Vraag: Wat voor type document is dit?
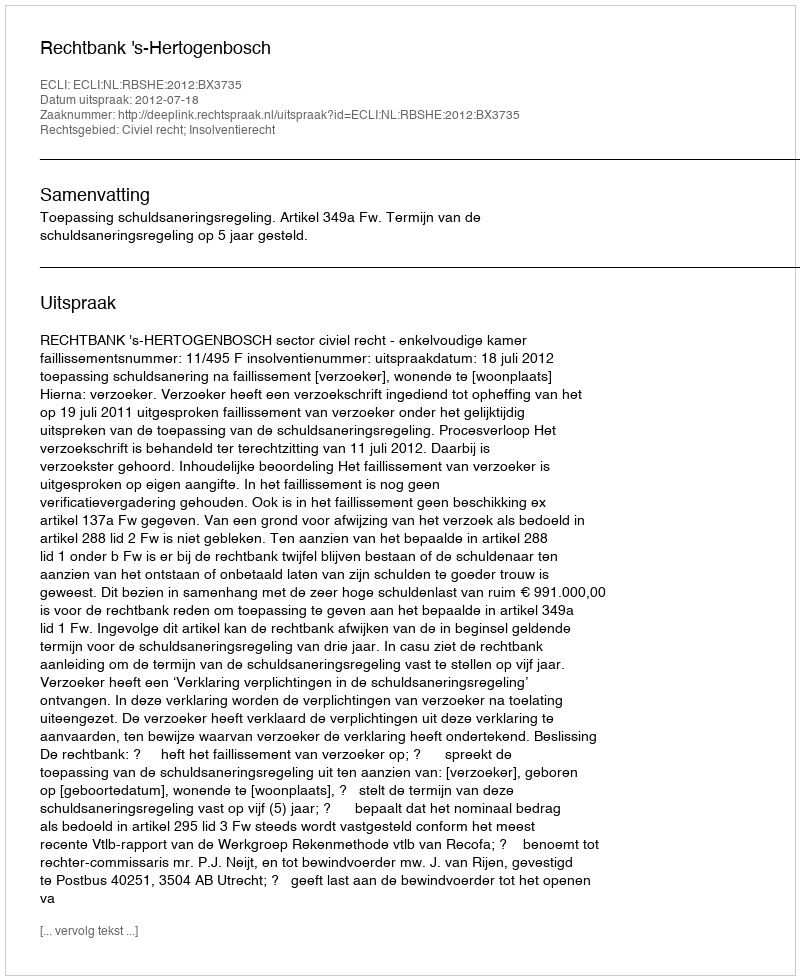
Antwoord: Uitspraak